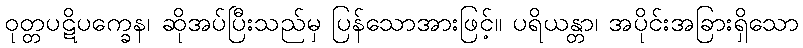
ဝုတ္တပဋိပက္ခေန၊ ဆိုအပ်ပြီးသည်မှ ပြန်သောအားဖြင့်။ ပရိယန္တာ၊ အပိုင်းအခြားရှိသော